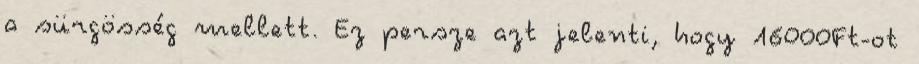
a sürgösség mellett. Ez persze azt jelenti, hogy 16000Ft-ot